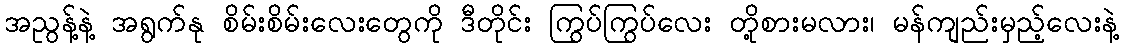
အညွန့်နဲ့ အရွက်နု စိမ်းစိမ်းလေးတွေကို ဒီတိုင်း ကြွပ်ကြွပ်လေး တို့စားမလား၊ မန်ကျည်းမှည့်လေးနဲ့